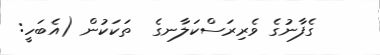
ގެފާނުގެ ވެރިރަސްކަލާނގެ  ތަކަކުން (އެބަހީ: